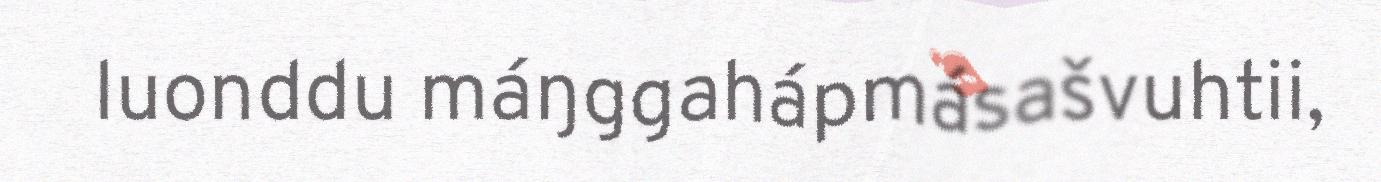
luonddu máŋggahápmásašvuhtii,